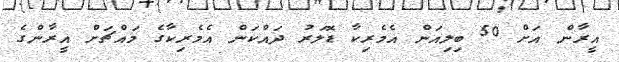
އީރާން އަށް 50 ބިލިއަން އެމެރިކާ ޑޮލަރު ދައްކަން އެމެރިކާގެ މައްޗަށް އީރާންގެ